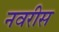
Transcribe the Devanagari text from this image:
नवरीस